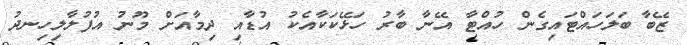
ޒޭބާ ބަލަހައްޓައިގެން ހުއްޓާ އޭނާ ބާރު ހަޅޭކަކާއެކު އުޑާއި ދިމާއަށް މޫނު އުފުލާލިހިނދު